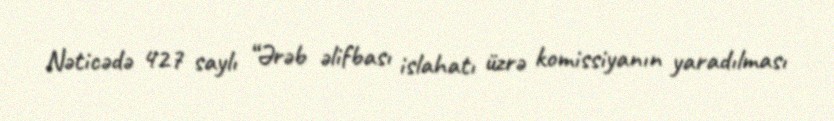
Nəticədə 427 saylı “Ərəb əlifbası islahatı üzrə komissiyanın yaradılması